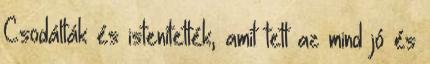
Csodálták és istenítették, amit tett az mind jó és